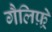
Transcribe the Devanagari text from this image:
गैलिफ़्रे